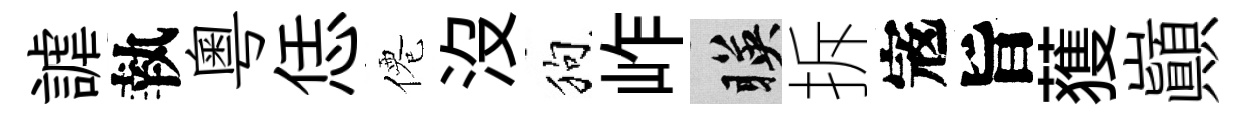
謔執粤恁僊沒狗岞暎拆𡨥旨𫉬巔